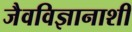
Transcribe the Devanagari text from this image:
जैवविज्ञानाशी